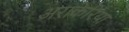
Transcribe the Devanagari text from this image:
अराकेरिया